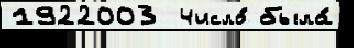
1922003  Число́ была́